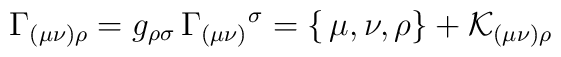
\Gamma _{(\mu \nu )\rho }=g_{\rho \sigma }\, \Gamma _{(\mu \nu )}{}^{\sigma }=\{\, \mu ,\nu ,\rho \}+\mathcal{K}_{(\mu \nu )\rho }